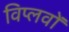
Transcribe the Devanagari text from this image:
विप्लवों